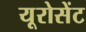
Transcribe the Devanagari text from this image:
यूरोसेंट